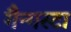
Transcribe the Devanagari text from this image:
गैन्गस्टा